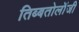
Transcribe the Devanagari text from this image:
तिब्‍बतोलॉजी